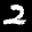
Label: 2